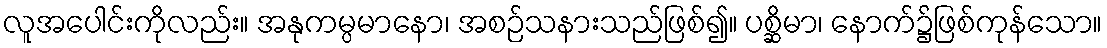
လူအပေါင်းကိုလည်း။ အနုကမ္ပမာနော၊ အစဉ်သနားသည်ဖြစ်၍။ ပစ္ဆိမာ၊ နောက်၌ဖြစ်ကုန်သော။